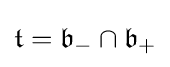
{\mathfrak {t}}={\mathfrak {b}}_{-}\cap {\mathfrak {b}}_{+}